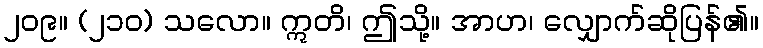
၂၀၉။ (၂၁၀) သလော။ ဣတိ၊ ဤသို့။ အာဟ၊ လျှောက်ဆိုပြန်၏။